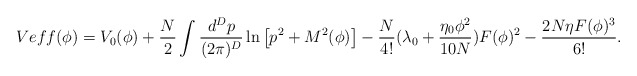
\begin{align*}Veff(\phi)=V_0(\phi)+\frac{N}{2}\int \frac{d^Dp}{(2\pi)^D} \ln \left [p^2+M^2(\phi) \right ] -\frac{N}{4!}(\lambda_0+\frac{\eta_0 \phi^2}{10N}) F(\phi)^2-\frac{2N\eta F(\phi)^3}{6!} .\end{align*}